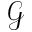
\mathcal G